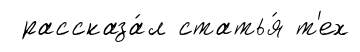
рассказа́л статья́ т'ех